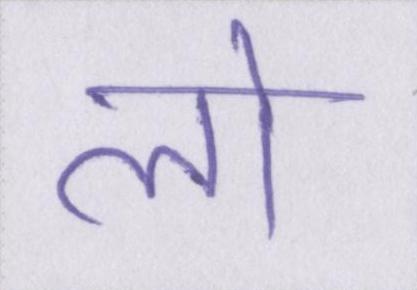
लो